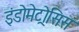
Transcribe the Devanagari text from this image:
इंडोमेट्रोसिस